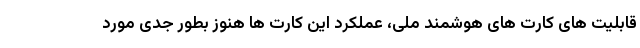
قابلیت های کارت های هوشمند ملی، عملکرد این کارت ها هنوز بطور جدی مورد